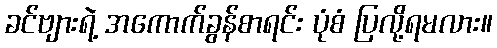
ခင်ဗျားရဲ့ အကောက်ခွန်စာရင်း ပုံစံ ပြလို့ရမလား။